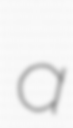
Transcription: a